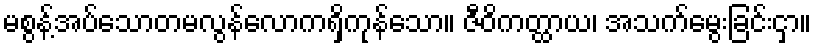
မစွန့်အပ်သောတမလွန်လောကရှိကုန်သော။ ဇီဝိကတ္ထာယ၊ အသက်မွေးခြင်းငှာ။